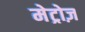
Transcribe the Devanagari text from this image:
मेट्रोज़